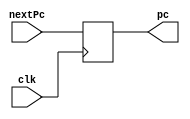
`timescale 1ns / 1ps
module PC(
    input [31:0] nextPc,
    input clk,
    output reg [31:0] pc
);
    initial pc = 32'd100;
    
    always @(posedge clk)
    begin
        pc = nextPc;
    end
endmodule

module InstructionMemory(
    input [31:0] pc,
    output reg [31:0] instOut
);
    reg [31:0] memory [63:0];
    
    initial begin
        memory[25] = {6'b100011, 5'b00001, 5'b00010, 16'h0000};
        memory[26] = {6'b100011, 5'b00001, 5'b00011, 16'h0004};
        memory[27] = {6'b100011, 5'b00001, 5'b00100, 16'h0008};
        memory[28] = {6'b100011, 5'b00001, 5'b00101, 16'h000c};
    end
    
    always @(*)
        instOut <= memory[pc[7:2]];
endmodule

module PCAdder(
    input [31:0] pc,
    output reg [31:0] nextPc
);
    always @(*)
        nextPc <= pc + 4;
endmodule

module IFIDPipelineReg(
    input [31:0]instOut,
    input clk,
    output reg [31:0] dinstOut
);
    always @(posedge clk)
        dinstOut <= instOut;
endmodule

module ControlUnit(
    input [5:0] op, func,
    output reg wreg, m2reg, wmem, aluimm, regrt,
    output reg [3:0] aluc
);
    always @(*)
    begin
        case(op)
            'b000000: //r-type
             begin
                wreg   = 'b1;
                m2reg  = 'b0;
                wmem   = 'b0;
                aluimm = 'b0;
                regrt  = 'b0;
                case(func)
                    'b100000: //add
                    begin
                        aluc = 'b0010;
                    end
                    'b100010: //sub
                    begin
                        aluc = 'b0110;
                    end
                endcase
             end
             'b100011: //lw
             begin
                wreg   = 'b1;
                m2reg  = 'b1;
                wmem   = 'b0;
                aluc   = 'b0010;
                aluimm = 'b1;
                regrt  = 'b1;
             end
         endcase
    end
endmodule

module RegrtMux(
    input [4:0] rt, rd,
    input regrt,
    output reg [4:0] destReg
);
    always @(*)
    begin
        if (regrt == 0)
            destReg = rd;
        else
            destReg = rt;
    end 
endmodule


module RegFile(
    input [4:0] rs, rt,
    output reg [31:0] qa, qb
);
    reg [31:0] registers[0:31];
    initial begin
        registers[0] = 0;
        registers[1] = 0;
    end
     
    always @(*)
    begin
        qa = registers[rs];
        qb = registers[rt];
    end
endmodule

module ImmExtender(
    input [15:0] imm,
    output reg [31:0] imm32
);
    always @(*)
        imm32 = {{16{imm[15]}}, imm};
endmodule

module IDEXEPipelineReg(
    input wreg, m2reg, wmem, aluimm, clk,
    input [3:0] aluc,
    input [4:0] destReg,
    input [31:0] qa, qb, imm32,
    
    output reg ewreg, em2reg, ewmem, ealuimm,
    output reg [3:0] ealuc,
    output reg [4:0] edestReg,
    output reg [31:0] eqa, eqb, eimm32
);
    always @(posedge clk)
    begin
        ewreg    = wreg;
        em2reg   = m2reg;
        ewmem    = wmem;
        ealuc    = aluc;
        ealuimm  = aluimm;
        edestReg = destReg;
        eqa      = qa;
        eqb      = qb;
        eimm32   = imm32;
    end
endmodule

module ALUMux(
    input [31:0] eqb, eimm32,
    input ealuimm,
    output reg [31:0] b
);
    always @(*)
    begin
        if (ealuimm == 0)
            b <= eqb;
        else
            b <= eimm32;
    end
endmodule

module ALU(
    input [31:0] eqa, b,
    input [3:0] ealuc,
    
    output reg [31:0] r
);
    always @(*)
    begin
        case(ealuc)
            'b0010:
                r <= eqa + b;
            'b0110:
                r <= eqa - b;
        endcase
    end
endmodule

module EXEMEMPipelineReg(
    input clk, ewreg, em2reg, ewmem,
    input [4:0] edestReg,
    input [31:0] r, eqb,
    
    output reg mwreg, mm2reg, mwmem, 
    output reg [4:0] mdestReg,
    output reg [31:0] mr, mqb
);
    always @(posedge clk)
    begin
        mwreg    <= ewreg;
        mm2reg   <= em2reg;
        mwmem    <= ewmem;
        mdestReg <= edestReg;
        mr       <= r;
        mqb      <= eqb;
    end
endmodule

module DataMemory(
    input clk, mwmem,
    input [31:0] mr, mqb,
    
    output reg [31:0] mdo
);
    reg [31:0] memory[0:31];
    
    initial begin
        memory[0] = 'hA00000AA;
        memory[1] = 'h10000011;
        memory[2] = 'h20000022;
        memory[3] = 'h30000033;
        memory[4] = 'h40000044;
        memory[5] = 'h50000055;
        memory[6] = 'h60000066;
        memory[7] = 'h70000077;
        memory[8] = 'h80000088;
        memory[9] = 'h90000099; 
     end
    
    //reading from memory
    always @(*)
        mdo <= memory[mr[7:2]];
    
    // writing to memory
    always @(negedge clk)
    begin
        if (mwmem == 1)
        begin
            memory[mr[7:2]] <= mqb;
        end
    end
endmodule

module MEMWBPipelineReg (
    input clk, mwreg, mm2reg,
    input [4:0] mdestReg,
    input [31:0] mr, mdo,
    
    output reg wwreg, wm2reg, 
    output reg [4:0] wdestReg,
    output reg [31:0] wr, wdo
);
    always @(posedge clk)
    begin
        wwreg    <= mwreg;
        wm2reg   <= mm2reg;
        wdestReg <= mdestReg;
        wr       <= mr;
        wdo      <= mdo;
    end
endmodule